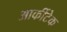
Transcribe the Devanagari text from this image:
आर्कीटेक